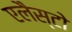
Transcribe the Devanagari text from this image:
एलैस्टो